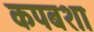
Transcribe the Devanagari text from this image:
कपबशा